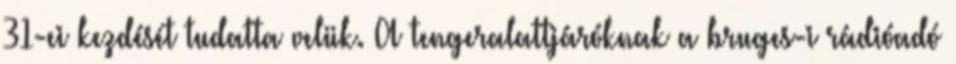
31-ei kezdését tudatta velük. A tengeralattjáróknak a bruges-i rádióadó